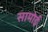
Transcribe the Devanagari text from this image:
सामोई